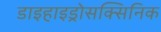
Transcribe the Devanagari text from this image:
डाइहाइड्रोसक्सिनिक